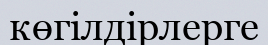
көгілдірлерге